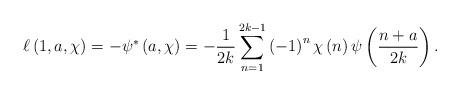
LaTeX: \begin{align*}\ell\left( 1,a,\chi\right) =-\psi^{\ast}\left( a,\chi\right) =-\frac{1}{2k}\sum_{n=1}^{2k-1}\left( -1\right) ^{n}\chi\left( n\right)\psi\left( \frac{n+a}{2k}\right) . \end{align*}